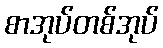
စာအုပ်တစ်အုပ်